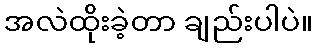
အလဲထိုးခဲ့တာ ချည်းပါပဲ။